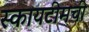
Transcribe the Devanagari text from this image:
स्कायटीमची